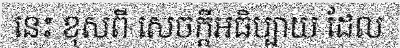
នេះ ខុសពី សេចក្តីអធិប្បាយ ដែល